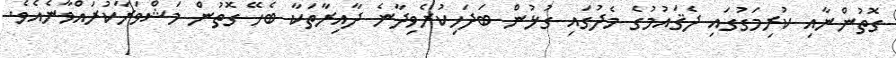
ގޮތުންނާއި ކުރިމަގުގައި ދެޤައުމުގެ މެދުގައި ގުޅުން ބަދަހިކުރެވިދާނެ ދާއިރާތަކާ ބެހޭ ގޮތުން މަޝްވަރާކުރައްވާނެއެވެ.